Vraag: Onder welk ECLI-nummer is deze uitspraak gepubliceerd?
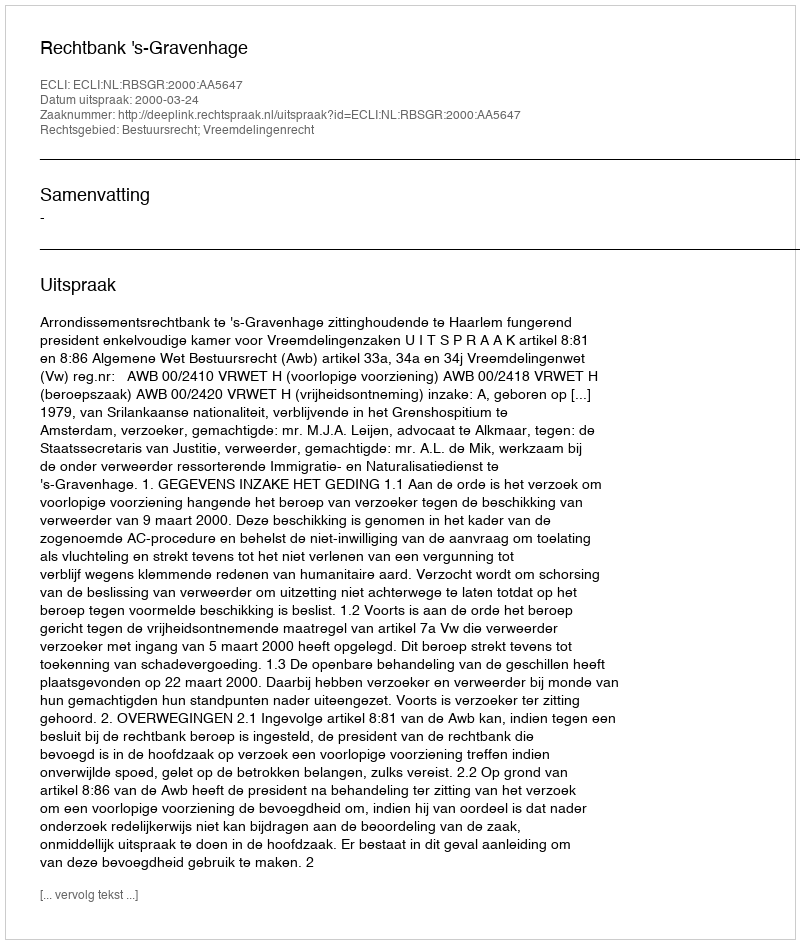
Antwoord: ECLI:NL:RBSGR:2000:AA5647